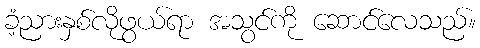
ခံ့ညားနှစ်လိုဖွယ်ရာ အသွင်ကို ဆောင်လေသည်။